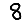
Digit: 8